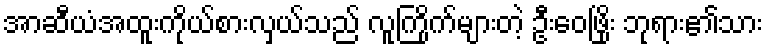
အာဆီယံအထူးကိုယ်စားလှယ်သည် လူကြိုက်များတဲ့ ဦးဝေဖြိုး ဘုရား၏သား